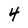
Character: 4